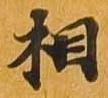
相